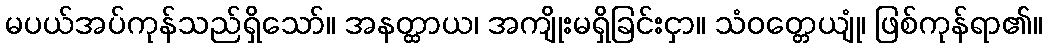
မပယ်အပ်ကုန်သည်ရှိသော်။ အနတ္ထာယ၊ အကျိုးမရှိခြင်းငှာ။ သံဝတ္တေယျုံ၊ ဖြစ်ကုန်ရာ၏။